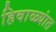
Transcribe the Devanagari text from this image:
हिवाळ्यांत